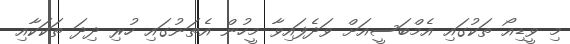
މި ވީޑިއޯ ތަކުގައި އެމްބަސީއަށް ވަދެފައިވާ މީހުން އެތަނުގައި ހުރި ދިދަ ތަކަކާއި